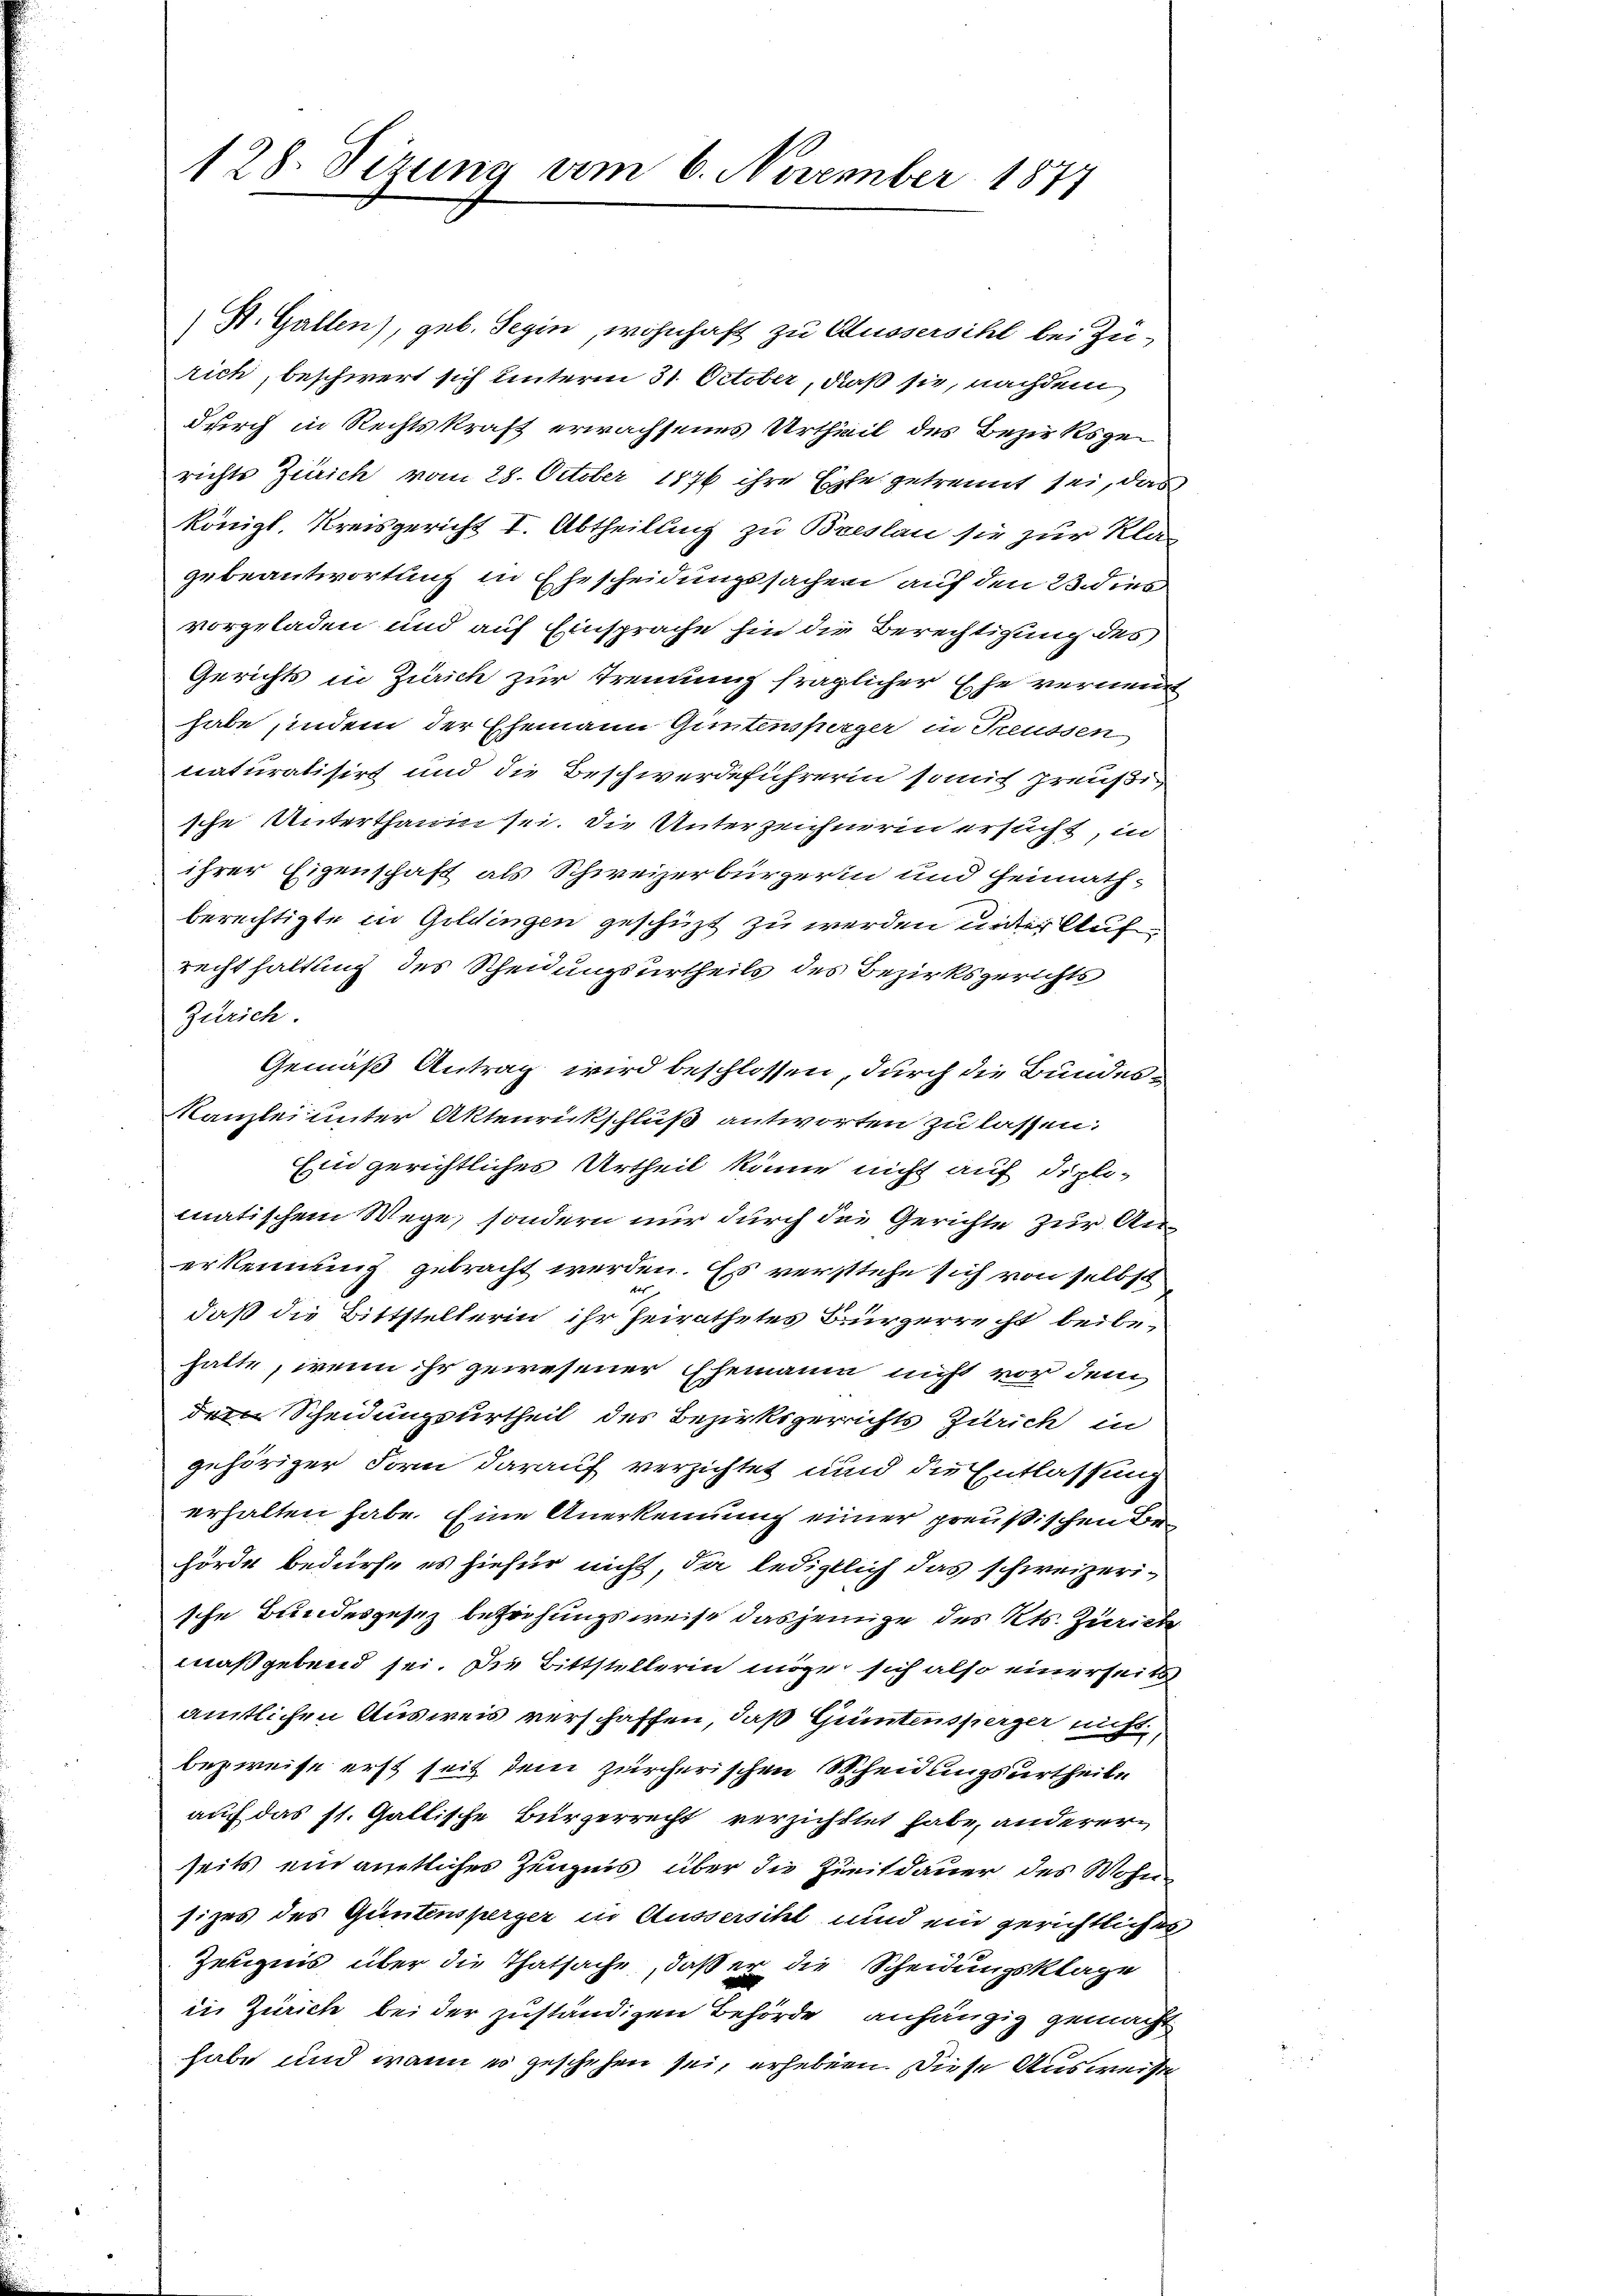
128. Sizung vom 6. November 1877

(St. Gallen), geb. Segin, wohnhaft zu Aussersihl bei Zu-
rich, beschwert sich unterm 31. October, daß sie, nachdem
durch in Rechtskraft erwachsenes Urtheil des Bezirksgerichts Zürich vom 28. October 1876 ihre Ehe getrennt sei, das
königl. Kreisgericht I. Abtheilung zu Breslau sie zur Kla-
zebeantwortung in Ehescheidungssachen auf den Bedies
vorgeladen und auf Einsprache hin die Berechtigung des
Gerichts in Zürich zur Trennung fraglicher Ehe vernennt
habe, indem der Ehemann Gantensperger in Treussen
naturalisirt und die Beschwerdeführerin somit preußische Unterthanen sei. Die Unterzeichnerin ersucht, in
ihrer Eigenschaft als Schweizerbürgerin und Heimath-
berechtigte in Goldingen geschicht zu werden unter Aufrechthaltung des Scheidungsurtheils des Bezirksgerichte
Zürich.
Gemäß Antrag wird beschlossen, durch die Bundes¬
Kanzlei unter Aktenrickschluß antworten zu lassen:
Ein gerichtliches Urtheil könne nicht auf dipli-
matischem Wege, sondern nur durch die Gerichte zur Anerkennung gebracht werden. Es verstehe sich von selbst
daß die Bittstellerin ihr Heirathetes Bürgerrecht beibe-
hatte, wenn ihr gewesener Ehemania nicht vor dem
Scheidungsurtheil des Bezirksgerichts Zürich in
gehöriger Form darauf verzichtet und die Entlassung
erhalten habe. Eine Anerkennung einer preußischen Behörde bedürfe es hiefür nicht, da lediglich das schweizerische Bundesgesez bezeihungsweise dasjenige des Kts. Zürich
maßgebend sei. Die Bittstellerin möge sich also einerseits
amtlichen Ausweis verschaffen, daß Guntensperger nicht
bezweise erst seit dem zürcherischen Scheidungsurtheile
auf das st. Gallische Bürgerrecht verzichttet habe, anderer
seits ein amtliches Zeugnis über die Zueitdauer des Wohnsizes des Güntensperger in Aussersihl und ein gerichtliches
Zeeignis über die Thatsache, daß er die Scheidungsklage
in Zürich bei der zuständigen Behörde anhängig gemacht
habe und wann es geschehen sei, erheben. Diese Ausweise